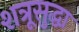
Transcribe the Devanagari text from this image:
शत्रूसुद्धा